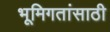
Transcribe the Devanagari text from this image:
भूमिगतांसाठी